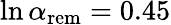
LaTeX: \ln{\alpha_{\mathrm{rem}}}=0.45